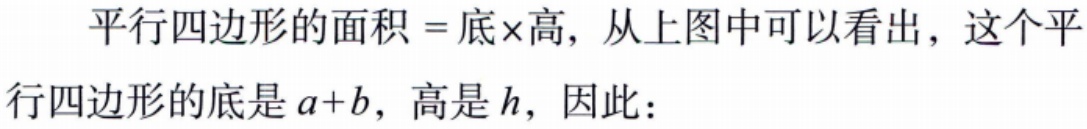
平行四边形的面积 = 底×高, 从上图中可以看出, 这个平行四边形的底是\(a + b\), 高是\(h\), 因此：